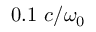
0 . 1 ~ c / \omega _ { 0 }